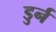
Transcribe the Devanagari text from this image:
डुर्न